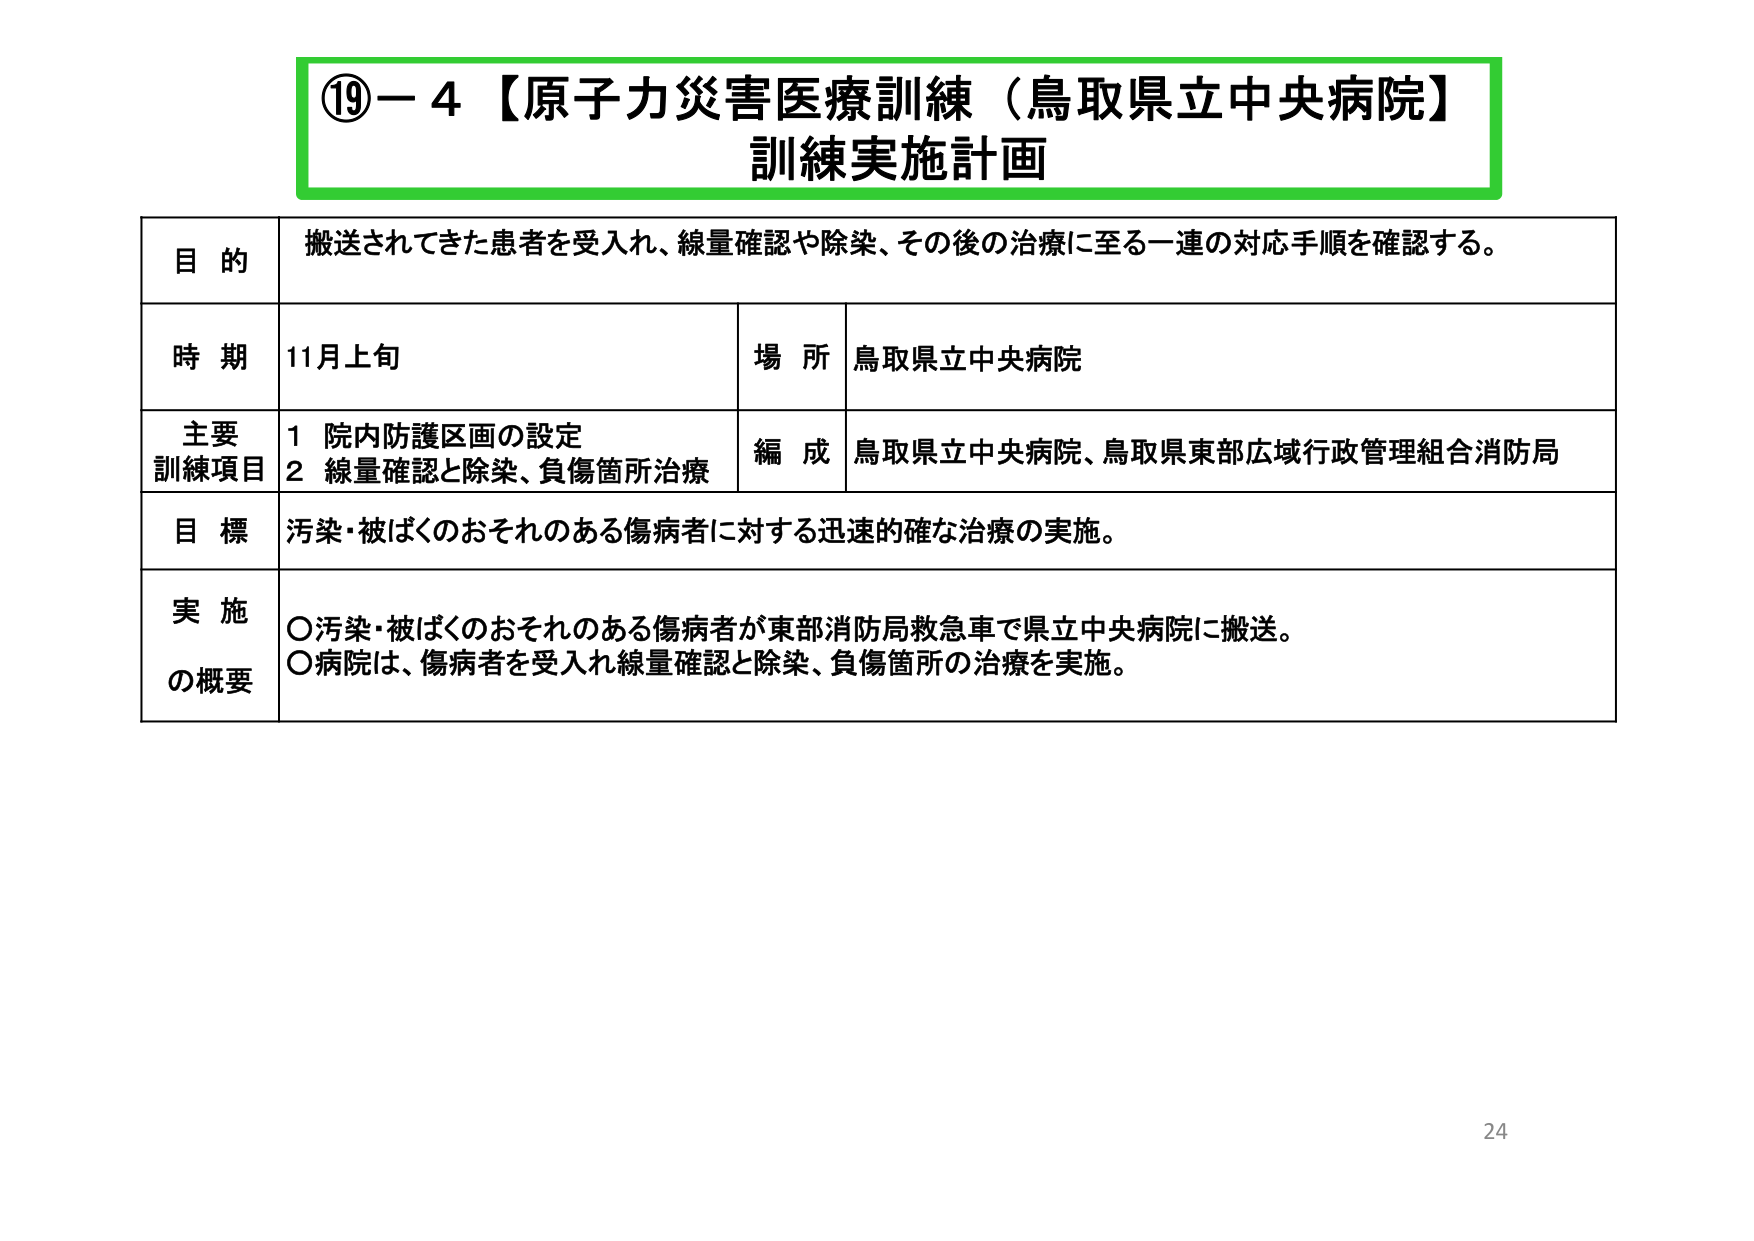
⑲－４【原子力災害医療訓練（鳥取県立中央病院）】
訓練実施計画

目的
搬送されてきた患者を受入れ、線量確認や除染、その後の治療に至る一連の対応手順を確認する。

時期
11月上旬
場所
鳥取県立中央病院

主要
訓練項目
1 院内防護区画の設定
2 線量確認と除染、負傷箇所治療
編成
鳥取県立中央病院、鳥取県東部広域行政管理組合消防局

目標
汚染・被ばくのおそれのある傷病者に対する迅速的確な治療の実施。

実施
の概要
〇汚染・被ばくのおそれのある傷病者が東部消防局救急車で県立中央病院に搬送。
〇病院は、傷病者を受入れ線量確認と除染、負傷箇所の治療を実施。

24